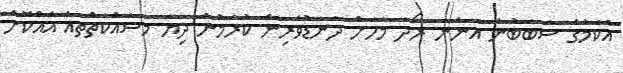
އެކަމުގެ ސަބަބުން އަންނަ ރޯދަ މަހަށް ދަނޑުވެރިން ކުރަމުން ދިޔަ މަސައްކަތްތައް އެއްކޮށް